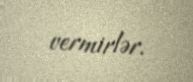
vermirlər.